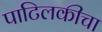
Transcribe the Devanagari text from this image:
पाटिलकीचा